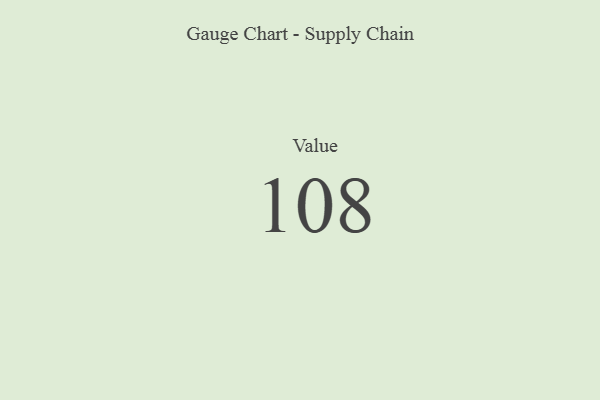
{"axis": {"x": "Metric", "y": "Value"}, "legend": [""], "data": [{"x": "Value", "y": 108, "type": ""}]}